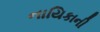
નાયિકાની